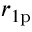
r _ { 1 \mathrm { p } }